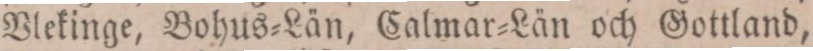
Vlekinge, Bohus=Län, Calmar=Län och Gottland,